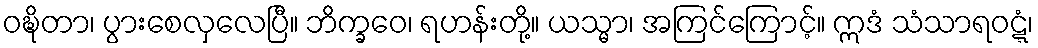
ဝဍ္ဎိတာ၊ ပွားစေလှလေပြီ။ ဘိက္ခဝေ၊ ရဟန်းတို့။ ယသ္မာ၊ အကြင်ကြောင့်။ ဣဒံ သံသာရဝဋ္ဋံ၊